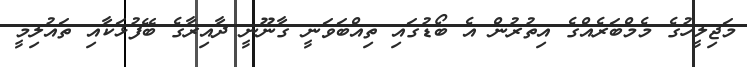
މަޖިލީހުގެ މެމްބަރެއްގެ އިތުރުން އެ ބޯޑުގައި ތިއްބަވަނީ ގާނޫނީ ދާއިރާގެ ބޭފުޅަކާއި ތައުލިމީ